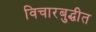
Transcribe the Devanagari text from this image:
विचारबुद्धीत